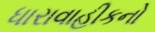
ધારાવાહીકનો